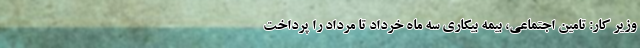
وزیر کار: تامین اجتماعی، بیمه بیکاری سه ماه خرداد تا مرداد را پرداخت